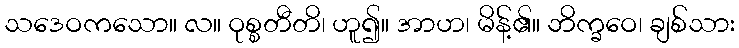
သဒေဝကသော။ လ။ ဝုစ္စတီတိ၊ ဟူ၍။ အာဟ၊ မိန့်၏။ ဘိက္ခဝေ၊ ချစ်သား